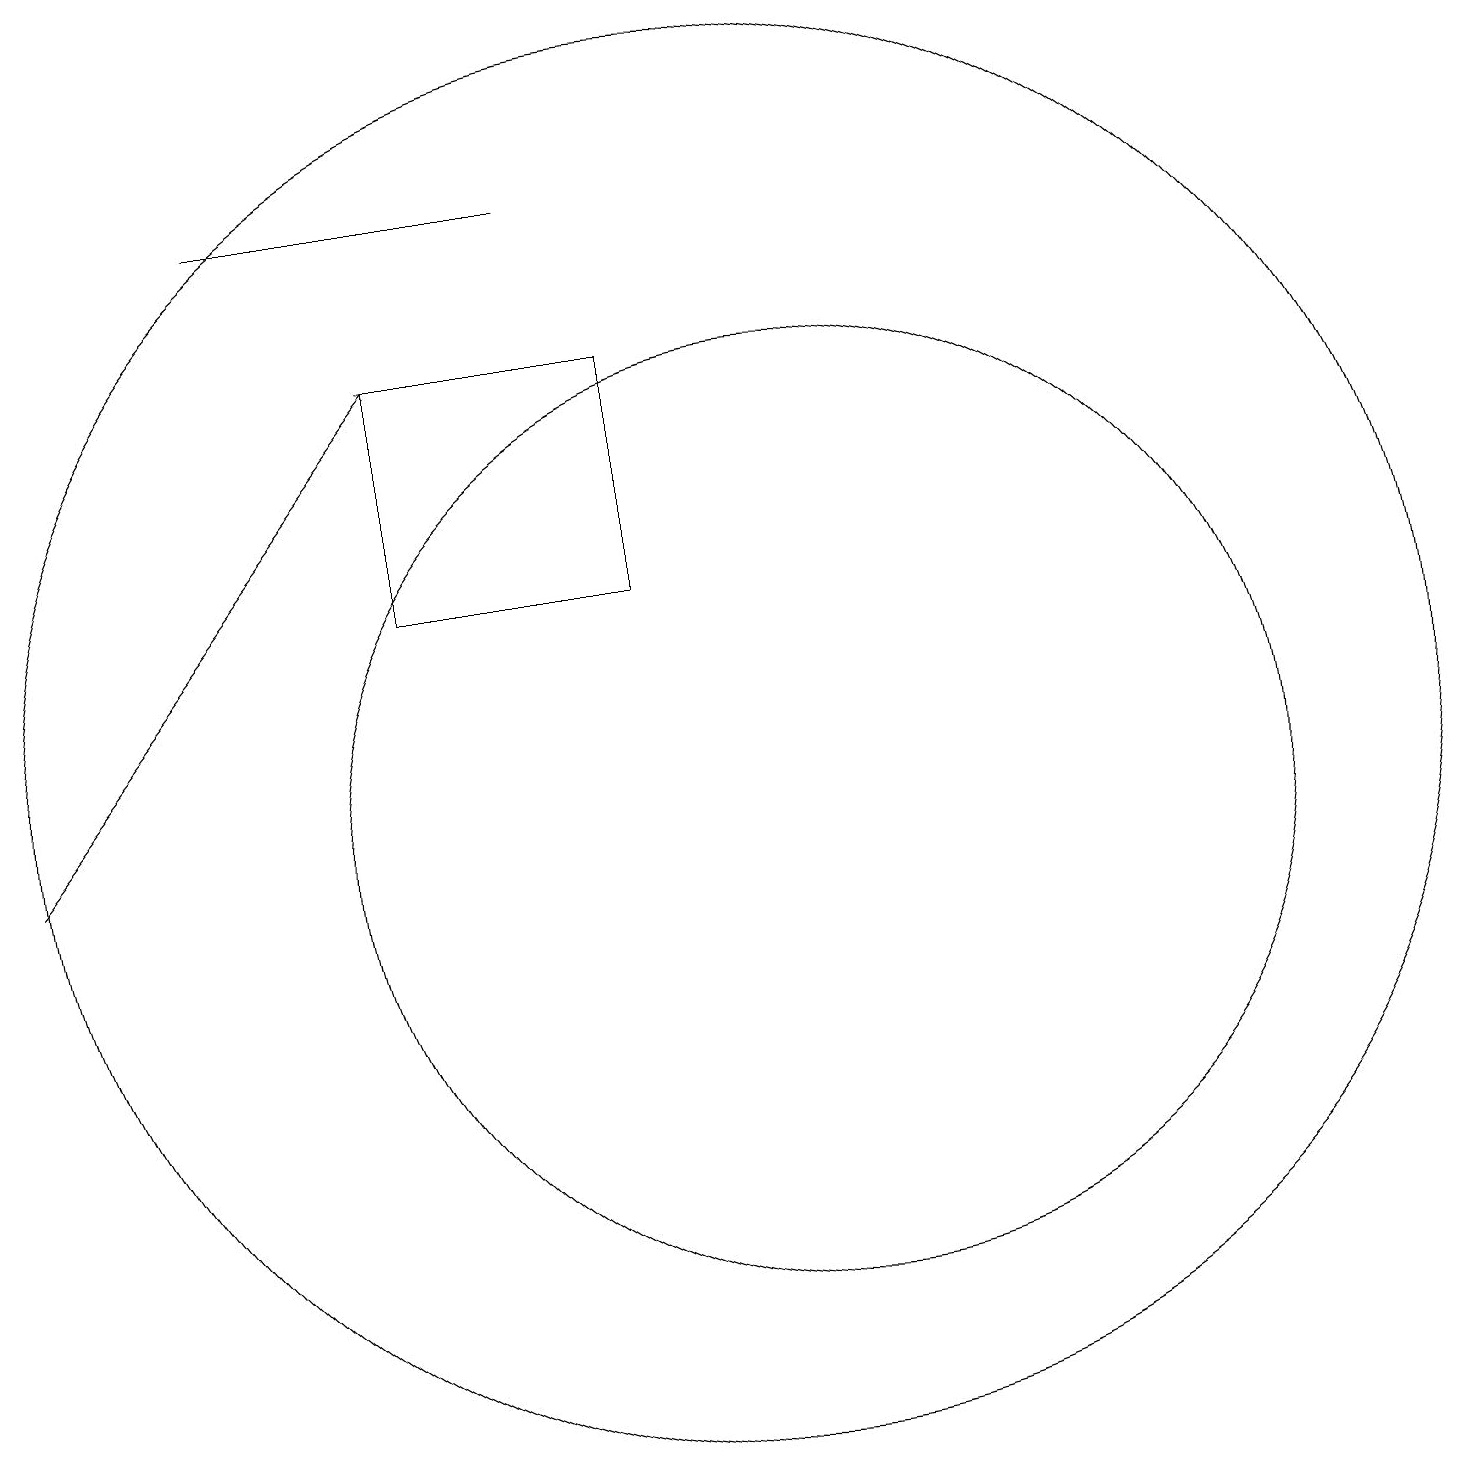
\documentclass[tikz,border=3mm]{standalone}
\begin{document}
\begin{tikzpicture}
\draw (6,14) rectangle (9,17);
\draw (10,12) circle (9);
\draw[->] (1,11) -- (6,17);
\draw (11,11) circle (6);
\draw (8,19) rectangle (4,19);
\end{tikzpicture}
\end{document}